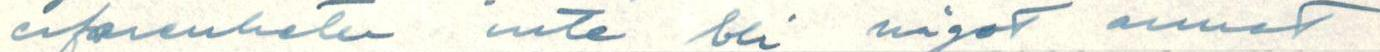
erfarenheter inte bli något annat